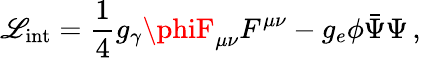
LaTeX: {\cal\mathscr{L}}_{\mathrm{{int}}}=\frac{1}{4}g_{\gamma}\phiF_{\mu\nu}F^{\mu\nu}-g_{e}\phi\bar{{\Psi}}\Psi\, ,